Report on vaccination in Madras 1877-1894 - 1877-1894
Year: 1877
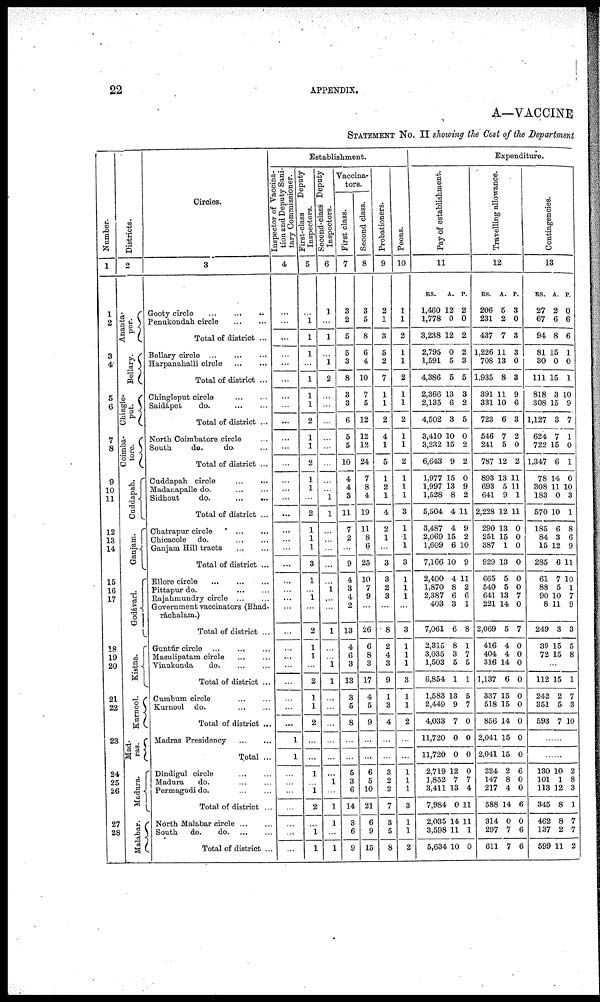
22
APPENDIX.
A—VACCINE
STATEMENT No. II showing the Cost of the Department
Number.
1
1
2
3
4
5
6
7
8
9
10
11
12
13
14
15
16
17
18
19
20
21
22
23
25
26
27
28
Districts.
2
Ananta¬
pur.
Bellary.
Chingle¬
put.
Coimba¬
tore.
Cuddapah.
Ganjam.
Godávari.
Kistna.
Kurnool.
Mad-
ras.
Madura.
Malabar.
Circles.
3
Gooty circle
...
...
...
Penukondah circle ... ...
Total of district ...
Bellary circle ... ... ...
Harpanahalli circle
...
...
Total of district ...
Chingleput circle
...
...
Saidapet
do.
...
...
Total of district ...
North Coimbatore circle ...
South
do.
do. ...
Total of district ...
Cuddapah circle ... ...
Madanapalle do. ... ...
Sidhout
do.
...
...
Total of district ...
Chatrapur Circle ... ...
Chicacole do.
...
...
Ganjam Hill tracts ... ...
Total of district ...
Ellore circle ... ... ...
Pittapur do. ... ...
Rajahmundry circle ...
Government vaccinators (Bhad¬
ráchalam.)
Total of district ...
Guntár circle
...
...
...
Masulipatam circle ... ...
Vinukonda
do. ... ...
Total of district ...
Cumbum circle ... ...
Kurnool do.
...
...
Total of district ...
Madras Presidency
...
...
Total ...
Dindigul circle ... ...
Madura
do. ... ...
Permagudi do.
...
...
Total of district ...
North Malabar circle ... ...
South
do.
do. ... ...
Total of district ...
Establishment.
Inspector or vaccina-
tion and Deputy Sani-
tary Commissioner.
4
...
...
...
...
...
...
...
...
...
...
...
...
...
...
...
...
...
...
...
...
...
...
...
...
...
...
...
...
...
...
...
...
1
1
...
...
...
...
...
...
...
First-class
Deputy
Inspectors.
5
...
1
1
1
...
1
1
1
2
1
1
2
1
1
...
2
1
1
1
3
1
...
1
...
2
1
1
...
2
1
1
2
...
...
...
...
1
2
...
1
1
Second-class Deputy
Inspectors.
6
1
...
1
...
1
2
...
...
...
...
...
...
...
...
1
1
...
...
...
...
...
1
...
...
1
...
...
1
1
...
...
...
...
1
...
1
1
...
1
Vaccina-
tors.
First class.
7
3
2
5
5
3
8
3
3
6
5
5
10
4
4
3
11
7
2
...
9
4
3
4
2
13
4
6
3
13
3
5
8
...
...
5
3
6
14
3
6
9
Second class.
8
3
5
8
6
4
10
7
5
12
12
12
24
7
8
4
19
11
8
6
25
10
7
9
...
26
6
8
3
17
4
5
9
...
...
6
5
10
21
6
9
15
Probationers.
9
2
1
3
5
2
7
1
1
2
4
1
5
1
2
1
4
2
1
...
3
3
2
3
...
8
2
4
3
9
1
3
4
...
...
3
2
2
7
3
5
8
Peons.
10
1
1
2
1
1
2
1
1
2
1
1
2
1
1
1
3
1
1
1
3
1
1
1
...
3
1
1
1
3
1
1
2
...
...
1
1
1
3
1
1
2
Expenditure.
Pay of establishment.
11
RS.
1,460
1,778
3,238
2,795
1,591
4,386
2,366
2,135
4,502
3,410
3,232
6,643
1,977
1,997
1,528
5,504
3,487
2,069
1,609
7,166
2,400
1,870
2,387
403
7,061
2,315
3,035
1,503
6,854
1,583
2,449
4,033
11,720
11,720
2,719
1,852
3,411
7,984
2,035
3,598
5,634
A.
12
0
12
0
5
5
13
6
3
10
15
9
15
13
8
4
4
15
6
10
4
8
6
3
6
8
3
5
1
13
9
7
0
0
12
7
13
0
14
11
10
P.
2
0
2
2
3
5
3
2
5
0
2
2
0
9
2
11
9
2
10
9
11
2
6
1
8
1
7
5
1
5
7
0
0
0
0
7
4
11
11
1
0
Travelling allowance.
12
RS.
206
231
437
1,226
708
1,935
391
331
723
546
241
787
893
693
641
2,228
290
251
387
929
665
540
641
221
2,069
416
404
316
1,137
337
518
856
2,041
2,041
224
147
217
588
314
297
611
A.
5
2
7
11
13
8
11
10
6
7
5
12
13
5
9
12
13
15
1
13
5
5
13
14
5
4
4
14
6
15
15
14
15
15
2
8
4
14
0
7
7
P.
3
0
3
3
0
3
9
6
3
2
0
2
11
11
1
11
0
0
0
0
0
0
7
0
7
0
0
0
0
0
0
0
0
0
6
0
0
6
0
6
6
Contingencies.
13
RS.
27
67
94
81
30
111
818
308
1,127
624
722
1,347
78
308
183
570
185
84
15
285
61
88
90
8
249
39
72
A.
2
6
8
15
0
15
3
15
3
7
15
6
14
11
0
10
6
3
12
6
7
5
10
11
3
15
15
P.
0
6
6
1
0
1
10
9
7
1
0
1
0
10
3
1
8
6
9
11
10
1
7
9
3
5
8
...
112
242
351
593
15
2
5
7
1
7
3
10
...
...
130
101
113
345
462
137
599
10
1
12
8
8
2
11
2
8
3
1
7
7
2